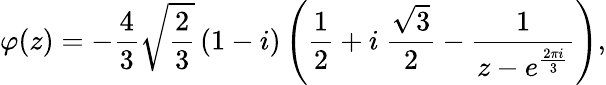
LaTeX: \varphi(z)=-\frac{4}{3}\sqrt{\frac{2}{3}}\left(1-i\right)\left(\frac{1}{2}+i\ \frac{\sqrt{3}}{2}-\frac{1}{z-e^{\frac{2\pi i}{3}}}\right),